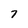
Character: 7